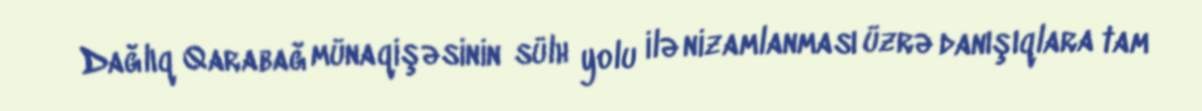
Dağlıq Qarabağ münaqişəsinin sülh yolu ilə nizamlanması üzrə danışıqlara tam